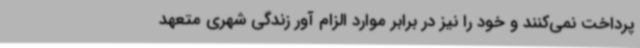
پرداخت نمی‌کنند و خود را نیز در برابر موارد الزام آور زندگی شهری متعهد